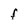
Character: f